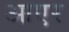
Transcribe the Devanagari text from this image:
आएर